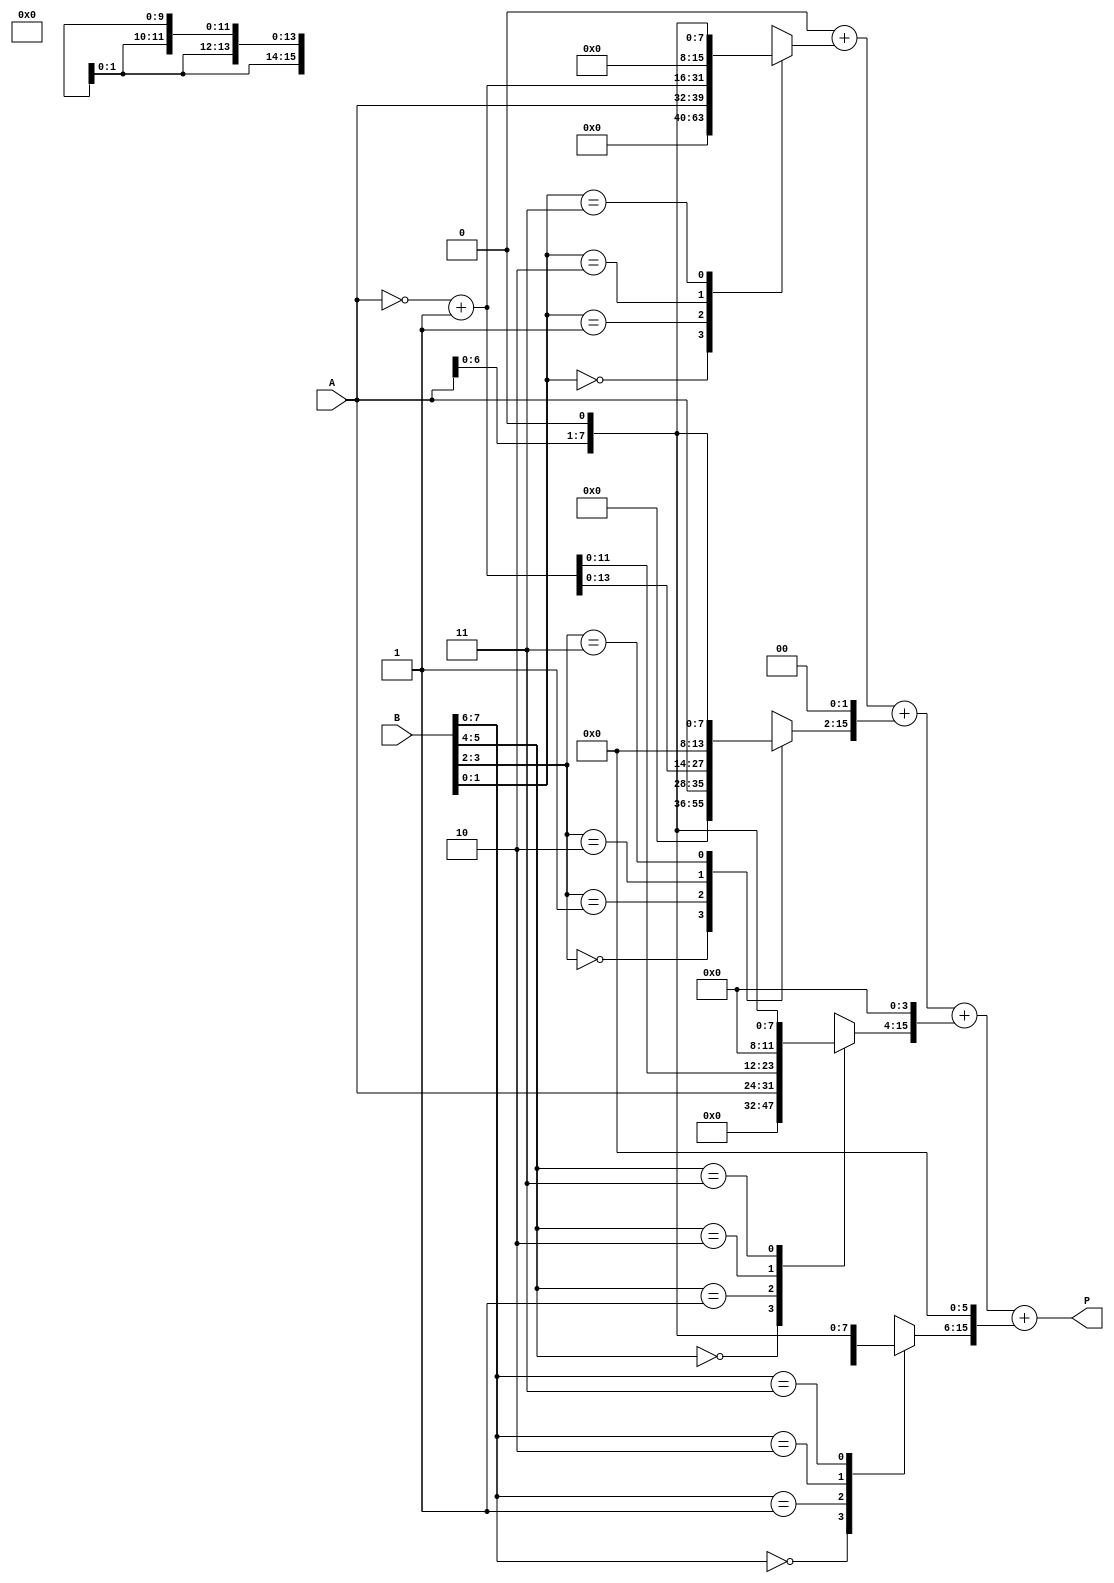
module radix4_multiplier (
    input  [7:0] A,      // Multiplicand
    input  [7:0] B,      // Multiplier
    output reg [15:0] P  // Product
);
    reg [15:0] partial_product [0:3]; // Array to hold partial products
    reg [7:0] B_reg;                   // Register for shifted multiplier
    reg [2:0] count;                   // Count for iterations
    reg [1:0] booth_code;              // Booth's encoding
    reg [15:0] sum;                    // Accumulator for final product
    reg [15:0] temp;                   // Temporary variable for addition
    integer i;

    always @(*) begin
        // Initialize
        P = 16'b0;                     // Clear product
        B_reg = B;                     // Store multiplier
        count = 0;                     // Reset count
        sum = 16'b0;                   // Clear sum

        // Booth's algorithm for Radix-4 multiplication
        for (i = 0; i < 8; i = i + 2) begin
            // Get the current and previous bits of B
            booth_code = {B_reg[i+1], B_reg[i]}; // 2-bit Booth code

            // Generate partial products based on Booth's encoding
            case (booth_code)
                2'b00: partial_product[0] = 16'b0;           // No partial product
                2'b01: partial_product[0] = {8'b0, A};       // A
                2'b10: partial_product[0] = {8'b0, ~A + 1};  // -A (Two's complement)
                2'b11: partial_product[0] = {8'b0, A << 1};  // 2A
                default: partial_product[0] = 16'b0;
            endcase

            // Shift partial product according to position
            partial_product[0] = partial_product[0] << i;

            // Accumulate the partial product
            sum = sum + partial_product[0];
        end

        // Assign the final product
        P = sum;
    end
endmodule